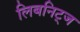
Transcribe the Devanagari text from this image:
लिबनिट्ज